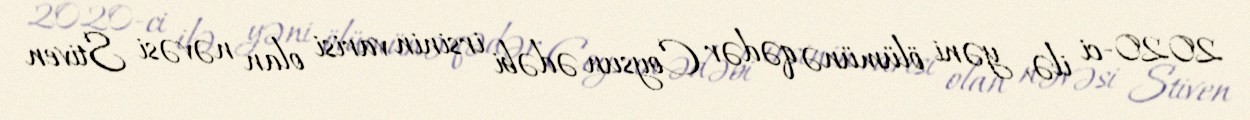
2020-ci ilə, yəni ölümünə qədər Coysun ədəbi irsinin varisi olan nəvəsi Stiven